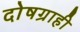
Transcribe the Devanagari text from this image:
दोषग्राही